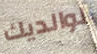
لوالديك